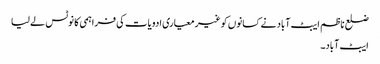
ضلع ناظم ایبٹ آباد نے کسانوں کو غیر معیاری ادویات کی فراہمی کا نوٹس لے لیا
ایبٹ آباد۔